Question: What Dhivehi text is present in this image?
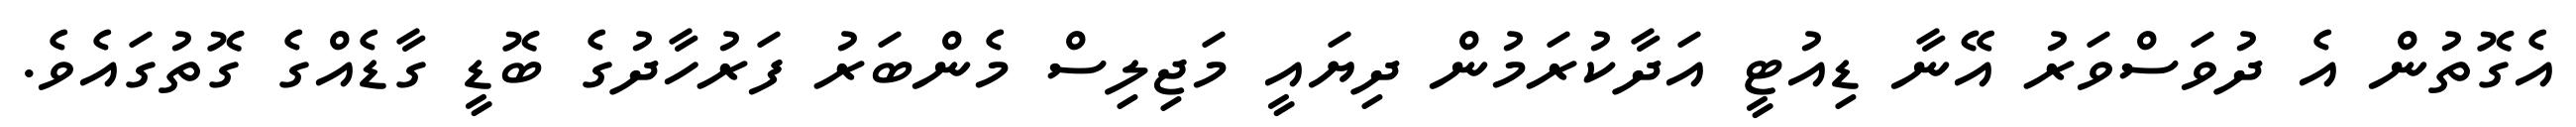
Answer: އެގޮތުން އެ ދުވަސްވަރު އޭނާ ޑިއުޓީ އަދާކުރަމުން ދިޔައީ މަޖިލިސް މެންބަރު ފަރުހާދުގެ ބޮޑީ ގާޑެއްގެ ގޮތުގައެވެ.